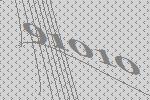
91010